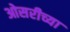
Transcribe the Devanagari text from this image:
ओसरीच्या